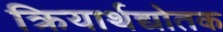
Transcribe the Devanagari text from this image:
क्रियार्थद्योतक